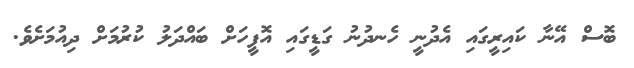
ބޮސް އޭނާ ކައިރީގައި އެދުނީ ހެނދުނު ގަޑީގައި އޮފީހަށް ބައްދަލު ކުރުމަށް ދިއުމަށެވެ.